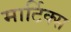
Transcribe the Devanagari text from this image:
मार्टिक्स